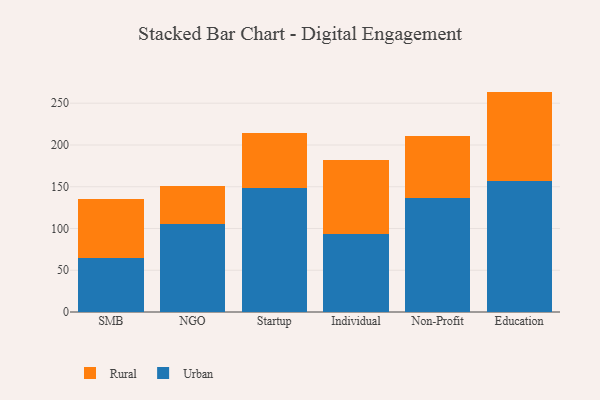
{"axis": {"x": "Segment", "y": "Conversion Rate (%)"}, "legend": ["Rural", "Urban"], "data": [{"x": "SMB", "y": 64.6, "type": "Urban"}, {"x": "SMB", "y": 70.6, "type": "Rural"}, {"x": "NGO", "y": 105.5, "type": "Urban"}, {"x": "NGO", "y": 45.4, "type": "Rural"}, {"x": "Startup", "y": 148.7, "type": "Urban"}, {"x": "Startup", "y": 65.7, "type": "Rural"}, {"x": "Individual", "y": 93.4, "type": "Urban"}, {"x": "Individual", "y": 89.2, "type": "Rural"}, {"x": "Non-Profit", "y": 136.2, "type": "Urban"}, {"x": "Non-Profit", "y": 75.1, "type": "Rural"}, {"x": "Education", "y": 157.4, "type": "Urban"}, {"x": "Education", "y": 106.5, "type": "Rural"}]}